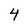
Character: 4